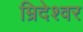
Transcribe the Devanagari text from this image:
म्रिदेश्वर